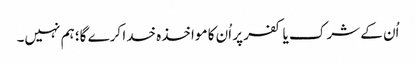
اُن کے شرک یا کفر پر اُن کا مواخذہ خدا کرے گا؛ ہم نہیں۔